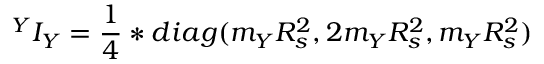
{ ^ Y } I _ { Y } = { \frac { 1 } { 4 } } * d i a g ( m _ { Y } R _ { s } ^ { 2 } , 2 m _ { Y } R _ { s } ^ { 2 } , m _ { Y } R _ { s } ^ { 2 } )